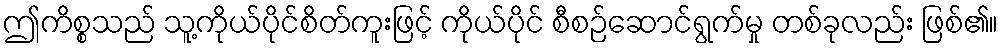
ဤကိစ္စသည် သူ့ကိုယ်ပိုင်စိတ်ကူးဖြင့် ကိုယ်ပိုင် စီစဉ်ဆောင်ရွက်မှု တစ်ခုလည်း ဖြစ်၏။